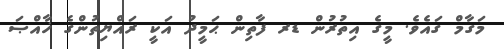
މަގާމް ގައެވެ. މީގެ އިތުރުން ޑރ ފާތިން ޙަމީދު އަކީ ރައްޔިތުންގެ ޚާއްޞަ